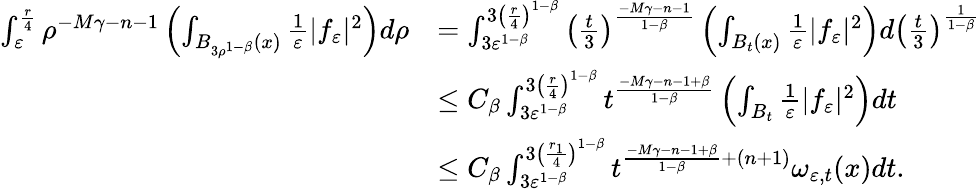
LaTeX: \begin{array}{rl}{\int_{\varepsilon}^{\frac{r}{4}}\rho^{-M\gamma-n-1}\left(\int_{B_{3\rho^{1-\beta}}(x)}\frac{1}{\varepsilon}|f_{\varepsilon}|^{2}\right)d\rho}&{=\int_{3\varepsilon^{1-\beta}}^{3\left(\frac{r}{4}\right)^{1-\beta}}\left(\frac{t}{3}\right)^{\frac{-M\gamma-n-1}{1-\beta}}\left(\int_{B_{t}(x)}\frac{1}{\varepsilon}|f_{\varepsilon}|^{2}\right)d\left(\frac{t}{3}\right)^{\frac{1}{1-\beta}}}\\ &{\leq C_{\beta}\int_{3\varepsilon^{1-\beta}}^{3\left(\frac{r}{4}\right)^{1-\beta}}t^{\frac{-M\gamma-n-1+\beta}{1-\beta}}\left(\int_{B_{t}}\frac{1}{\varepsilon}|f_{\varepsilon}|^{2}\right)dt}\\ &{\leq C_{\beta}\int_{3\varepsilon^{1-\beta}}^{3\left(\frac{r_{1}}{4}\right)^{1-\beta}}t^{\frac{-M\gamma-n-1+\beta}{1-\beta}+(n+1)}\omega_{\varepsilon,t}(x)dt.}\end{array}